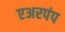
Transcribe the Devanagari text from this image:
एअरपंप